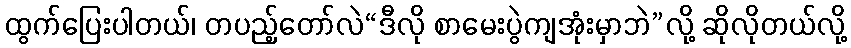
ထွက်ပြေးပါတယ်၊ တပည့်တော်လဲ“ဒီလို စာမေးပွဲကျအုံးမှာဘဲ”လို့ ဆိုလိုတယ်လို့